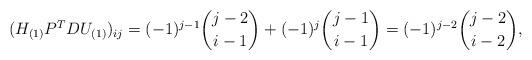
LaTeX: \begin{align*}(H_{(1)}P^TDU_{(1)})_{ij}=(-1)^{j-1}{{j-2}\choose{i-1}}+(-1)^j{{j-1}\choose{i-1}}=(-1)^{j-2}{{j-2}\choose{i-2}},\end{align*}